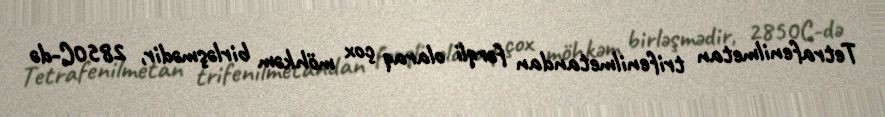
Tetrafenilmetan trifenilmetandan fərqli olaraq çox möhkəm birləşmədir, 2850C-də